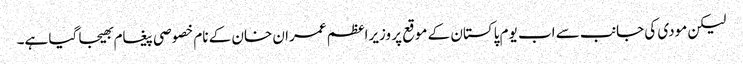
لیکن مودی کی جانب سے اب یوم پاکستان کے موقع پر وزیراعظم عمران خان کے نام خصوصی پیغام بھیجا گیا ہے۔